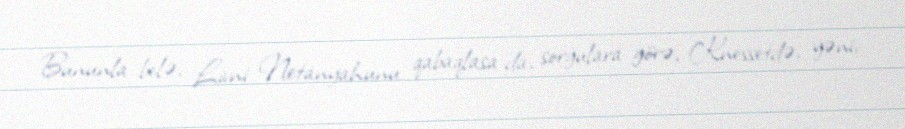
Bununla belə, Livni Netanyahunu qabaqlasa da, sorğulara görə, Knessetdə, yəni,